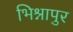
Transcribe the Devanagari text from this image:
भिश्नापुर